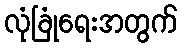
လုံခြုံရေးအတွက်